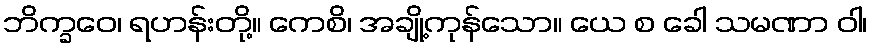
ဘိက္ခဝေ၊ ရဟန်းတို့။ ကေစိ၊ အချို့ကုန်သော။ ယေ စ ခေါ သမဏာ ဝါ၊